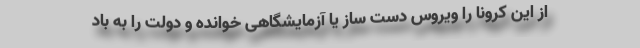
از این کرونا را ویروس دست ساز یا آزمایشگاهی خوانده و دولت را به باد